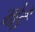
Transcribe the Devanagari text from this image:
मोडे़ं